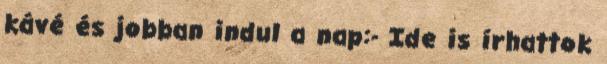
kávé és jobban indul a nap:- Ide is írhattok